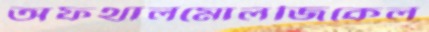
অফথালমোলজিকেল